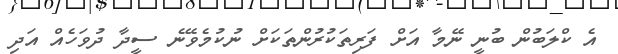
އެ ކްލަބުން ބުނީ ނޭމާ އަށް ފަރިތަކުރުންތަކަށް ނުކުމެވޭނެ ސީދާ ދުވަހެއް އަދި